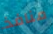
منافذ